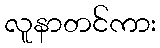
လူနာတင်ကား